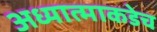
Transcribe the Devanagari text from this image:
अध्यात्माकडेच